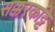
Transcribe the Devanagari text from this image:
सक्करकट्टि